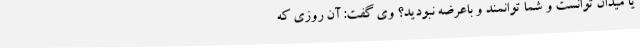
یا میدان توانست و شما توانمند و باعرضه نبودید؟ وی گفت: آن روزی که